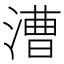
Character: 漕